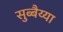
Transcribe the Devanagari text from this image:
सुब्बैय्या